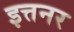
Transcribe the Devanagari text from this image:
इत्तनर